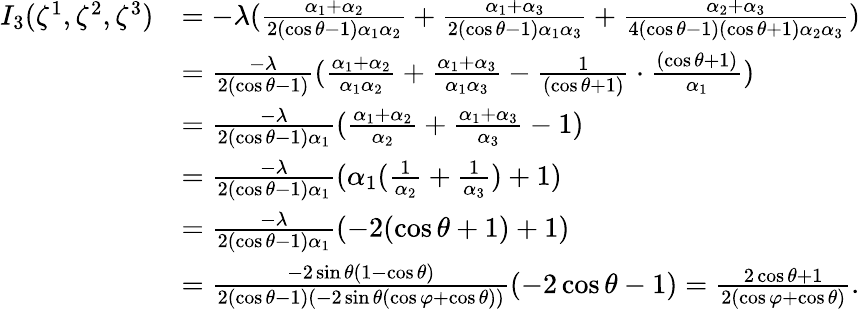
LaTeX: \begin{array}{rl}{{I}_{3}(\zeta^{1},\zeta^{2},\zeta^{3})}&{=-\lambda(\frac{\alpha_{1}+\alpha_{2}}{2(\cos\theta-1)\alpha_{1}\alpha_{2}}+\frac{\alpha_{1}+\alpha_{3}}{2(\cos\theta-1)\alpha_{1}\alpha_{3}}+\frac{\alpha_{2}+\alpha_{3}}{4(\cos\theta-1)(\cos\theta+1)\alpha_{2}\alpha_{3}})}\\ &{=\frac{-\lambda}{2(\cos\theta-1)}(\frac{\alpha_{1}+\alpha_{2}}{\alpha_{1}\alpha_{2}}+\frac{\alpha_{1}+\alpha_{3}}{\alpha_{1}\alpha_{3}}-\frac{1}{(\cos\theta+1)}\cdot\frac{(\cos\theta+1)}{\alpha_{1}})}\\ &{=\frac{-\lambda}{2(\cos\theta-1)\alpha_{1}}(\frac{\alpha_{1}+\alpha_{2}}{\alpha_{2}}+\frac{\alpha_{1}+\alpha_{3}}{\alpha_{3}}-{1})}\\ &{=\frac{-\lambda}{2(\cos\theta-1)\alpha_{1}}(\alpha_{1}(\frac{1}{\alpha_{2}}+\frac{1}{\alpha_{3}})+1)}\\ &{=\frac{-\lambda}{2(\cos\theta-1)\alpha_{1}}(-{2(\cos\theta+1)}+1)}\\ &{=\frac{-2\sin\theta(1-\cos\theta)}{2(\cos\theta-1)(-2\sin\theta(\cos\varphi+\cos\theta))}(-2\cos\theta-1)=\frac{2\cos\theta+1}{2(\cos\varphi+\cos\theta)}.}\end{array}